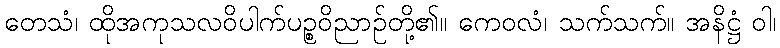
တေသံ၊ ထိုအကုသလဝိပါက်ပဉ္စဝိညာဉ်တို့၏။ ကေဝလံ၊ သက်သက်။ အနိဋ္ဌံ ဝါ၊